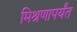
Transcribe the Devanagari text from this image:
मिश्रणापर्यंत